Document type: Sale
Year: 1461
Scribe: [Unknown]
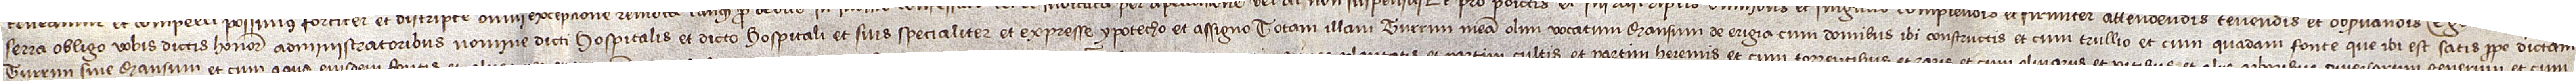
Serra obligo vobis dictis honorabilibus administratoribus nomine dicti hospitalis et dicto hospitali et suis specialiter et expresse ypotecho et assigno totam illam turrim meam olim vocatum Mansum de Erigia, cum dominus ibi constructis, et cum trullio et cum quadam fonte que ibi est satis prope dictam